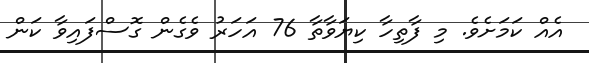
އެއް ކަމަށެވެ. މި ފާތިހާ ކިޔަވާތާ 76 އަހަރު ވެގެން ގޮސްފައިވާ ކަން